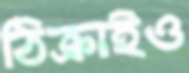
ঠিক্‌রাইও